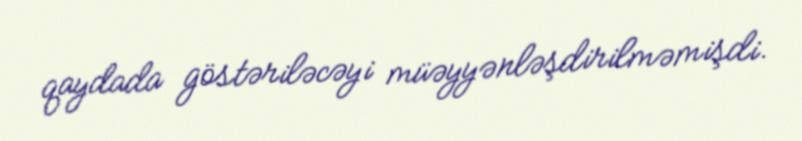
qaydada göstəriləcəyi müəyyənləşdirilməmişdi.